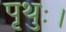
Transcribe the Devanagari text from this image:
पृथुः।